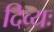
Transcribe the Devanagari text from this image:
दिव्यः